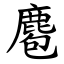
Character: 麅